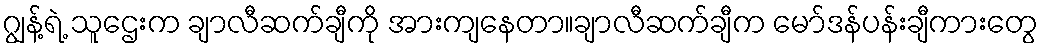
ဂျွန့်ရဲ့ သူဌေးက ချာလီဆက်ချီကို အားကျနေတာ။ချာလီဆက်ချီက မော်ဒန်ပန်းချီကားတွေ